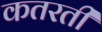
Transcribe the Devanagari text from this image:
कतरती